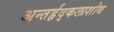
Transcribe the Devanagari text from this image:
अन्तर्हृद्कलाशोथ